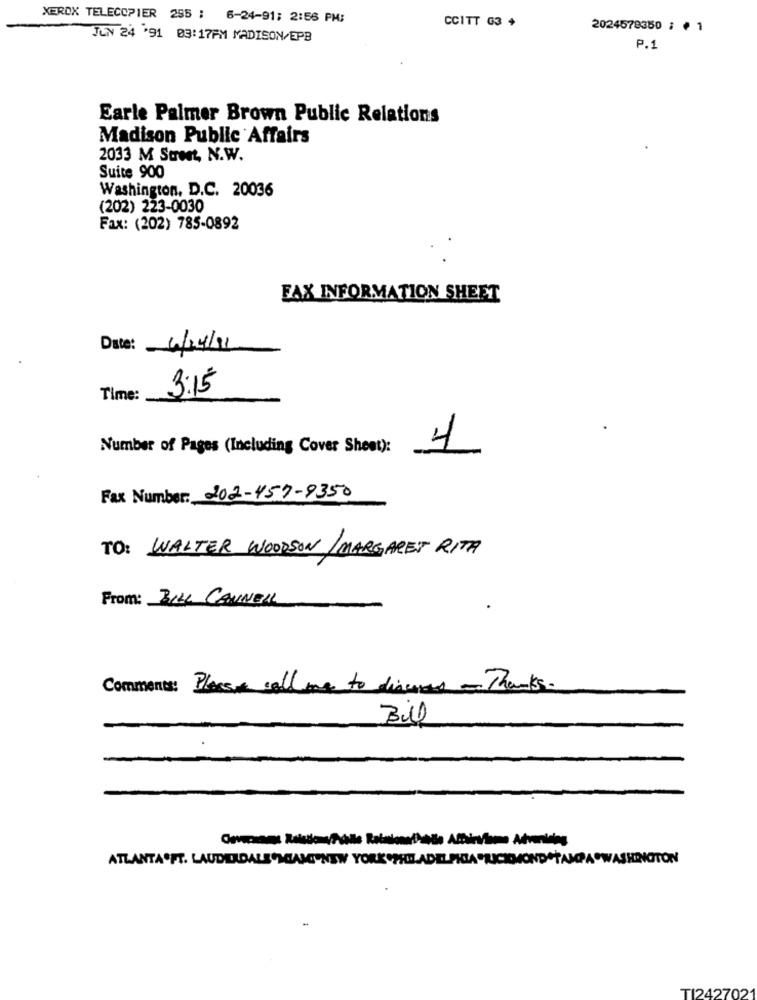
XEROX TELECOPIER 255 ; 6-24-91; 2:56 PM:
CCITT G3 +
2024578350 ; · 1
JUN 24 '91 03:17PM MADISON/EPB
P.1
Earle Palmer Brown Public Relations
Madison Public Affairs
2033 M Street, N.W.
Suite 900
Washington, D.C. 20036
(202) 223-0030
Fax: (202) 785-0892
FAX INFORMATION SHEET
Date: 6/24/11
3:15
Time:
Number of Pages (Including Cover Sheet):
4
Fax Number: 202-457-9350
TO: WALTER WOODSON / MARGARET RITA
From: 31LL CANNELL
Comments: Please call me to discuss - Thanks.
TI242702'